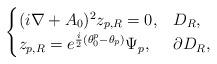
LaTeX: \begin{align*} \begin{cases} (i\nabla +A_0)^2 z_{p,R} = 0, &D_{R},\\ z_{p,R} = e^{\frac{i}{2}(\theta_{0}^p-\theta_p)}\Psi_p, &\partial D_{R}, \end{cases}\end{align*}